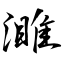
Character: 濉